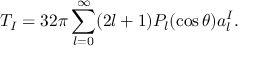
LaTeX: T _ { I } = 3 2 \pi \sum _ { l = 0 } ^ { \infty } ( 2 l + 1 ) P _ { l } ( \cos \theta ) a _ { l } ^ { I } .